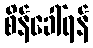
စိန်ခေါ်ရန်